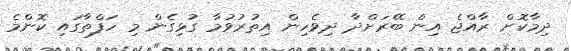
ދިމާކޮށް ރާއްޖެ އިން ބޭރަށްދާ ދިވެހިން އިތުރުވުމާ ގުޅިގެން މި ހަފްތާގައި ކޮންމެ